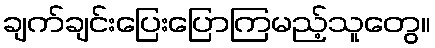
ချက်ချင်းပြေးပြောကြမည့်သူတွေ။